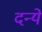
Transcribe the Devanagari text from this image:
दन्ये